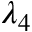
\lambda _ { 4 }